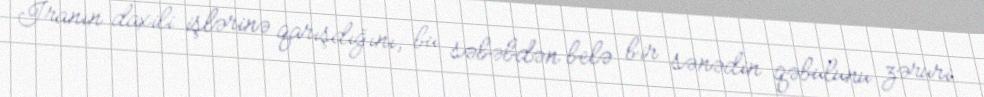
İranın daxili işlərinə qarışdığını, bu səbəbdən belə bir sənədin qəbulunu zəruri